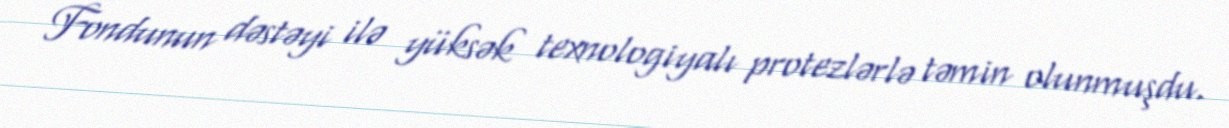
Fondunun dəstəyi ilə yüksək texnologiyalı protezlərlə təmin olunmuşdu.